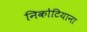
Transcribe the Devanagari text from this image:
निकोटियाना